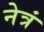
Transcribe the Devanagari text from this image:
नेत्रं